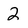
Character: 2